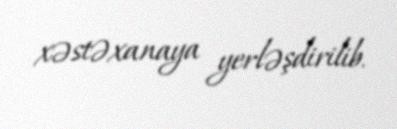
xəstəxanaya yerləşdirilib.